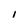
Character: 1